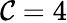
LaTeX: \mathcal{C}=4